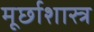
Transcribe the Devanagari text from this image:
मूर्छाशास्त्र